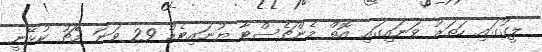
ލީގުގައި ހަތަރު ވަނައިގައި އޮތް މެންޗެސްޓާ ޔުނައިޓެޑް 29 ވަނަ މެޗު ކުޅޭނީ